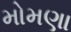
મોમણા